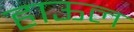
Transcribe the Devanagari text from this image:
हाऊल